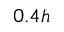
0 . 4 h